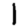
Digit: 1